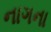
નાગના